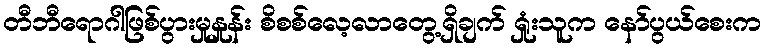
တီဘီရောဂါဖြစ်ပွားမှုနှုန်း စိစစ်လေ့လာတွေ့ရှိချက် ရှုံးသူက နော်ပွယ်စေးက